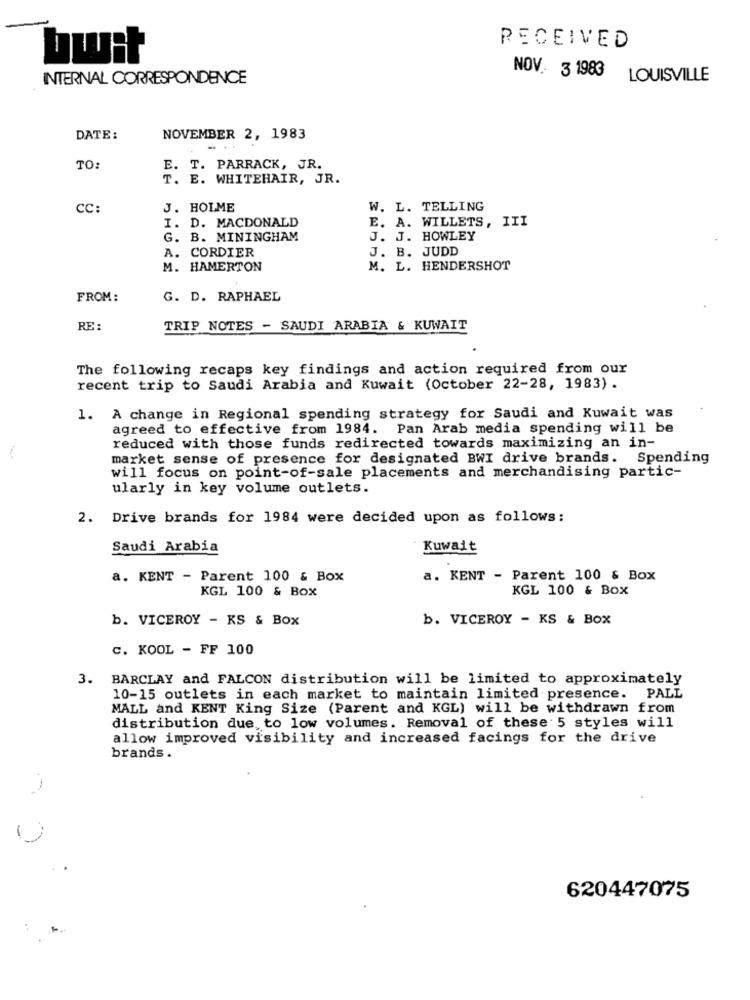
RECEIVED
bwit
INTERNAL CORRESPONDENCE
NOV. 3 1983
LOUISVILLE
DATE:
NOVEMBER 2, 1983
TO:
E. T. PARRACK, JR.
T. E. WHITEHAIR, JR.
CC:
J. HOLME
W. L. TELLING
E. A. WILLETS, III
I. D. MACDONALD
G. B. MININGHAM
J. J. HOWLEY
A. CORDIER
J. B. JUDD
M. HAMERTON
M. L. HENDERSHOT
FROM:
G. D. RAPHAEL
RE:
TRIP NOTES - SAUDI ARABIA & KUWAIT
The following recaps key findings and action required from our
recent trip to Saudi Arabia and Kuwait (October 22-28, 1983).
1. A change in Regional spending strategy for Saudi and Kuwait was
agreed to effective from 1984. Pan Arab media spending will be
reduced with those funds redirected towards maximizing an in-
market sense of presence for designated BWI drive brands. Spending
will focus on point-of-sale placements and merchandising partic-
ularly in key volume outlets.
2. Drive brands for 1984 were decided upon as follows:
Saudi Arabia
Kuwait
a. KENT - Parent 100 & Box
a. KENT - Parent 100 & Box
KGL 100 & Box
KGL 100 & Box
b. VICEROY - KS & BOX
b. VICEROY - KS & BOX
c. KOOL - FF 100
3. BARCLAY and FALCON distribution will be limited to approximately
10-15 outlets in each market to maintain limited presence. PALL
MALL and KENT King Size (Parent and KGL) will be withdrawn from
distribution due to low volumes. Removal of these 5 styles will
allow improved visibility and increased facings for the drive
brands .
-
620447075
: